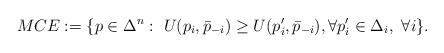
LaTeX: \begin{align*}MCE := \{p\in \Delta^n:~ U(p_i,\bar p_{-i}) \geq U(p_i',\bar p_{-i}), \forall p_i' \in \Delta_i,~\forall i\}.\end{align*}